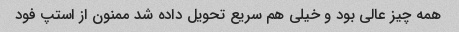
همه چیز عالی بود و خیلی هم سریع تحویل داده شد ممنون از استپ فود